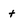
Character: t